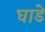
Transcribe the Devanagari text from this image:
घाडे